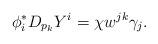
LaTeX: \begin{align*} \phi^*_iD_{p_k}Y^i = \chi w^{jk}\gamma_j.\end{align*}